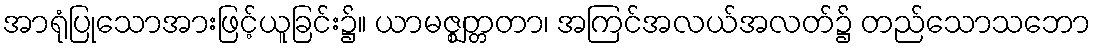
အာရုံပြုသောအားဖြင့်ယူခြင်း၌။ ယာမဇ္ဈတ္တတာ၊ အကြင်အလယ်အလတ်၌ တည်သောသဘော